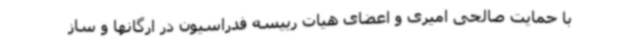
با حمایت صالحی امیری و اعضای هیات رییسه فدراسیون در ارگانها و ساز